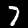
Digit: 7